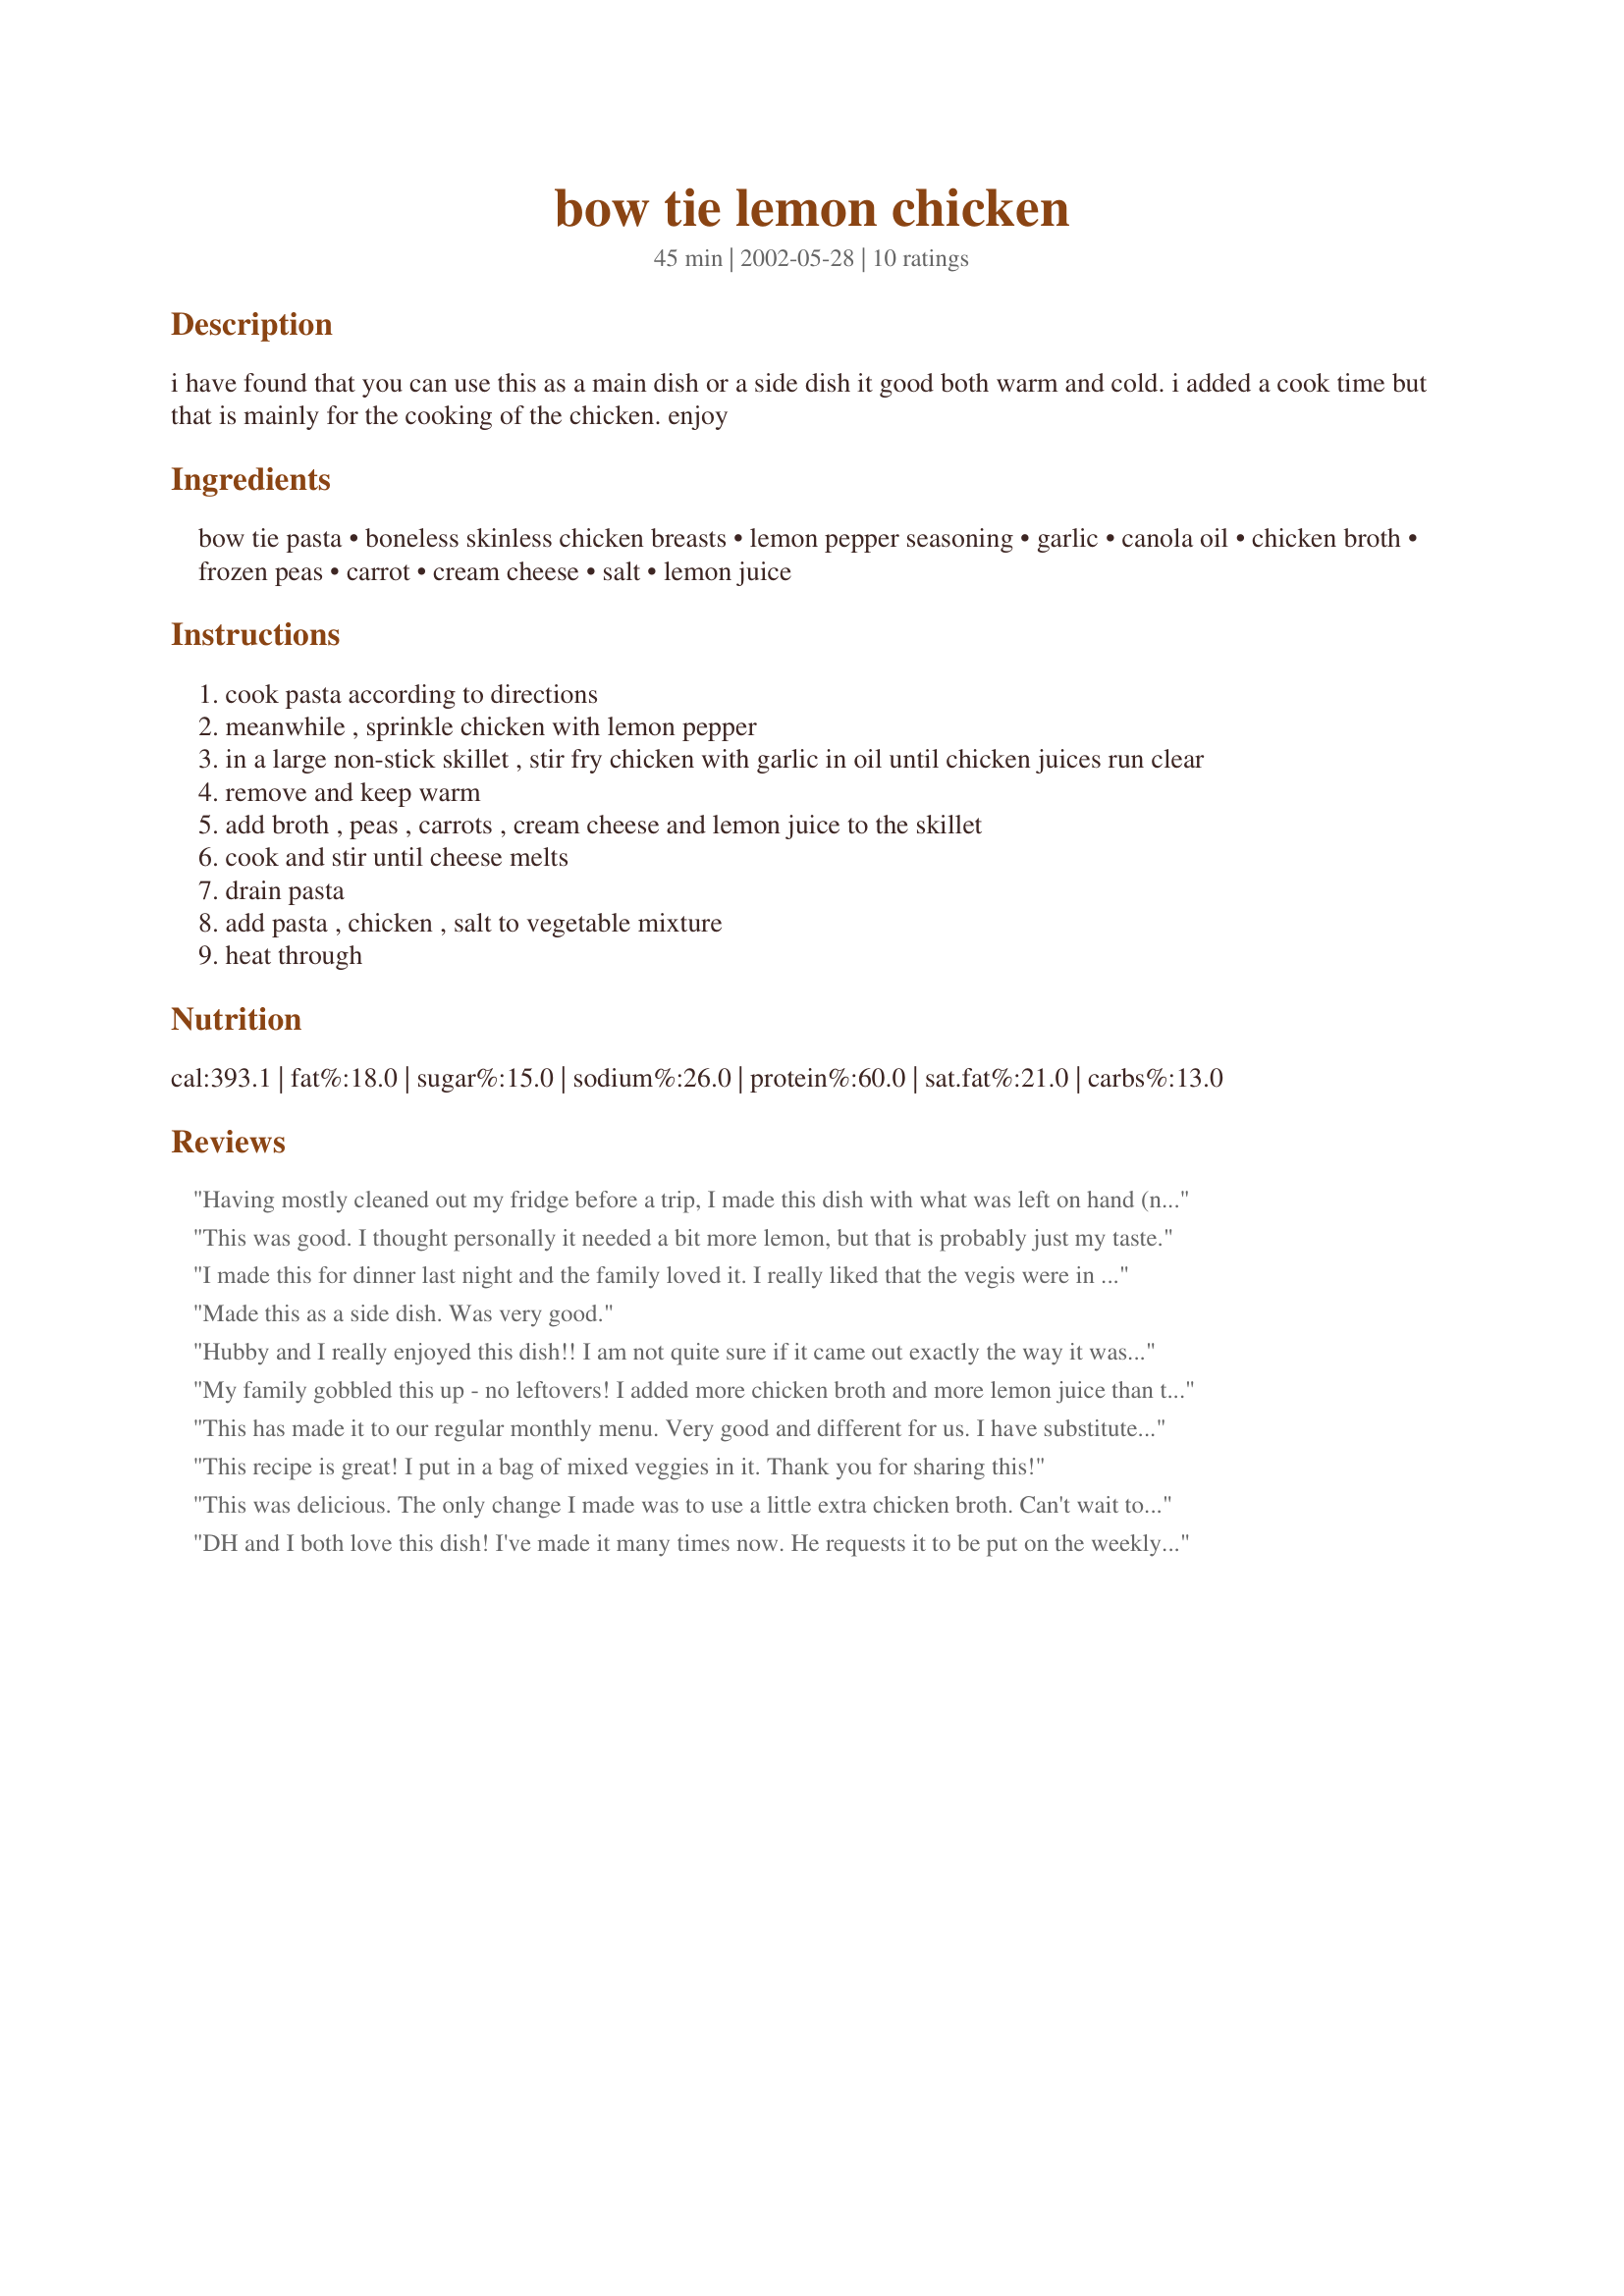
bow tie lemon chicken
Preparation time: 45 minutes

i have found that you can use this as a main dish or a side dish it good both warm and cold. i added a cook time but that is mainly for the cooking of the chicken. enjoy

Ingredients:
bow tie pasta, boneless skinless chicken breasts, lemon pepper seasoning, garlic, canola oil, chicken broth, frozen peas, carrot, cream cheese, salt, lemon juice

Steps:
cook pasta according to directions
meanwhile , sprinkle chicken with lemon pepper
in a large non-stick skillet , stir fry chicken with garlic in oil until chicken juices run clear
remove and keep warm
add broth , peas , carrots , cream cheese and lemon juice to the skillet
cook and stir until cheese melts
drain pasta
add pasta , chicken , salt to vegetable mixture
heat through

Reviews:
Having mostly cleaned out my fridge before a trip, I made this dish with what was left on hand (no veggies!). It was simple and delicious - just the right amount of lemon in a very light sauce. We will definitely make this again when we are better stocked!! Thanks.
This was good. I thought personally it needed a bit more lemon, but that is probably just my taste.
I made this for dinner last night and the family loved it. I really liked that the vegis were in the dish so made it an easy one dish meal and they added alot of color too. The cream cheese really made for a tasty sauce and a change from a regular cheese sauces. Will be making this alot in the future I am sure. Thank you for sharing this with us Kim1 !!!
Made this as a side dish. Was very good.
Hubby and I really enjoyed this dish!! I am not quite sure if it came out exactly the way it was supposed to because in step #5 it said to add the broth....."lemon juice"....BUT there was no mention of lemon juice in the ingredients, only lemon pepper seasoning. I emprovised and used a couple of tablespoons of lemon juice. I didn't have any peas on hand either...but used a frozen "baby asparagus/carrots" blend and it turned out WONDERFUL!! Leftovers were yummy for lunch the next day too!! :)
My family gobbled this up - no leftovers! I added more chicken broth and more lemon juice than the recipe called for, plus added Lemon and Herb Seasoning that I have. The creamy sauce clings to the pasta nicely. Really delicious - thanks!
This has made it to our regular monthly menu. Very good and different for us. I have substituted the peas and carrots for broccoli, and I add a lot more lemon pepper. I'll probably continue to play with it. Thank you for the recipe.
This recipe is great! I put in a bag of mixed veggies in it. Thank you for sharing this!
This was delicious. The only change I made was to use a little extra chicken broth. Can't wait to eat the leftovers! Yummy
DH and I both love this dish! I've made it many times now. He requests it to be put on the weekly menu all the time. I make it as listed, except I use olive oil instead of canola. I use 6-8 oz of pasta. And when making the sauce, I remove the chicken and then add a couple of tablespoons of flour and mix with the oil and juices, then I follow the recipe for the sauce. It makes it a bit thicker - which I like! We always have enough left over for once of us to have for lunch and we fight over it! Great dish!
